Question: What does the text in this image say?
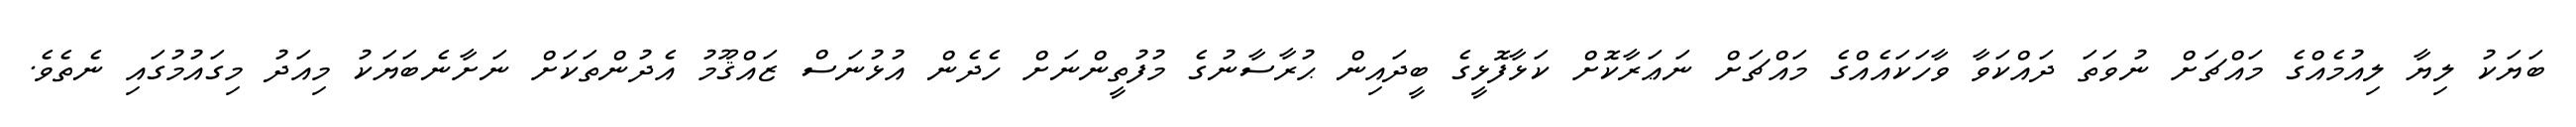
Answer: ބަޔަކު ލިޔާ ލިއުމެއްގެ މައްޗަށް ނުވަތަ ދައްކަވާ ވާހަކައެއްގެ މައްޗަށް ނަޢަރާކޮށް ކަޅާފޮޅީގެ ބީދައިން ޙުރާސާނުގެ މުފުތީންނަށް ހެދެން އުޅުނަސް ޒައްޤޫމު އެދުންތަކަށް ނަށާނެބަޔަކު މިއަދު މިގައުމުގައި ނެތެވެ.